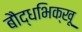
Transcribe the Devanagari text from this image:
बौद्धभिक्खू